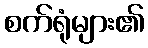
စက်ရုံများ၏